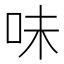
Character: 味